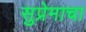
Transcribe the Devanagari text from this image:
सुप्रेमाचा